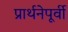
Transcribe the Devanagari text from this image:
प्रार्थनेपूर्वी